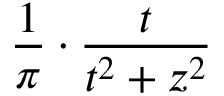
\frac { 1 } { \pi } \cdot \frac { t } { t ^ { 2 } + z ^ { 2 } }